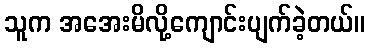
သူက အအေးမိလို့ကျောင်းပျက်ခဲ့တယ်။